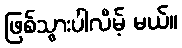
ဖြစ်သွားပါလိမ့် မယ်။